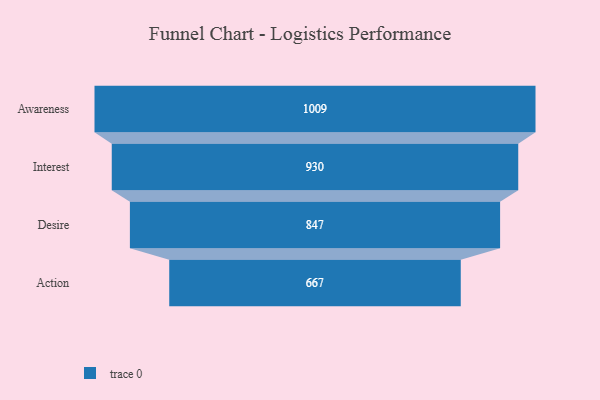
{"axis": {"x": "Stage", "y": "Value"}, "legend": [""], "data": [{"x": "Awareness", "y": 1009.0, "type": ""}, {"x": "Interest", "y": 930.0, "type": ""}, {"x": "Desire", "y": 847.0, "type": ""}, {"x": "Action", "y": 667.0, "type": ""}]}